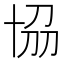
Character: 𠦢